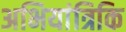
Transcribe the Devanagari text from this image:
अभियांत्रिकि